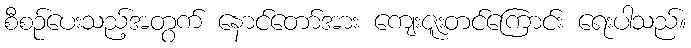
စီစဉ်ပေးသည့်အတွက် နောင်တော်အား ကျေးဇူးတင်ကြောင်း ရေးပါသည်။